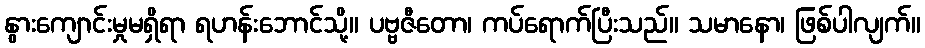
နွားကျောင်းမှုမရှိရာ ရဟန်းဘောင်သို့။ ပဗ္ဗဇီတော၊ ကပ်ရောက်ပြီးသည်။ သမာနော၊ ဖြစ်ပါလျက်။